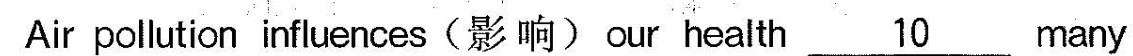
Air pollution influences(影响)our health\underline{10} many